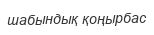
шабындық қоңырбас